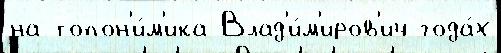
на топон'и́м'ика Влад'и́м'иров'ич года́х